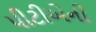
પીટીએની